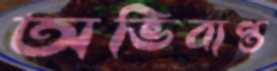
অভিব্যপ্ত